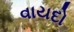
વાયદો